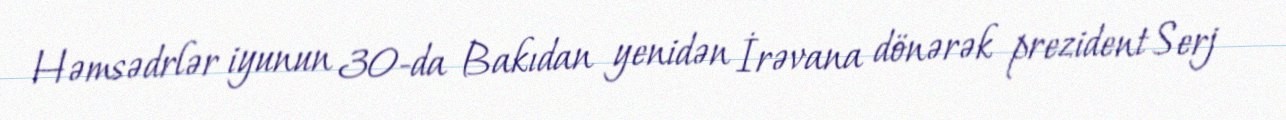
Həmsədrlər iyunun 30-da Bakıdan yenidən İrəvana dönərək prezident Serj